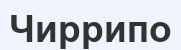
Чиррипо